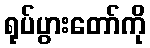
ရုပ်ပွားတော်ကို